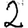
Digit: 2